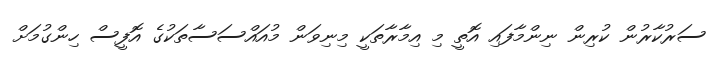
ސަރުކާރުން ކުރިން ނިންމާފައި އޮތީ މި އިމާރާތަކީ މިނިވަން މުއައްސަސާތަކުގެ އޮފީސް ހިންގުމަށް